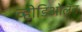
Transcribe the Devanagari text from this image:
व्हीडिओलॅन